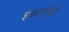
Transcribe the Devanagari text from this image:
इबराहीमी